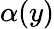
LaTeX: \alpha(y)